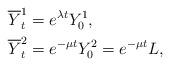
LaTeX: \begin{align*} \overline Y^1_t&=e^{\lambda t} Y^1_0,\\\overline Y^2_t&=e^{-\mu t} Y^2_0=e^{-\mu t} L,\end{align*}